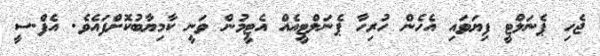
ޖެހި ޕެނަލްޓީ ފިޔަވައި އެހެން ހުރިހާ ޕެނަލްޓީއެއް އެޓީމުން ވަނީ ކާމިޔާބުކޮށްފައެވެ. އެފް.ސީ